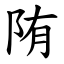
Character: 陏